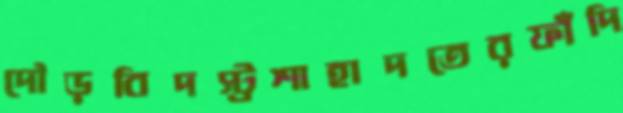
দৌড়বিদস্ট্রশাহাদতেরফাঁদি